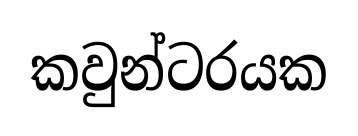
කවුන්ටරයක